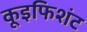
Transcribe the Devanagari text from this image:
कूइफिशंट